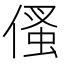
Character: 𠋺